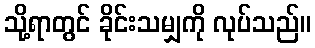
သို့ရာတွင် ခိုင်းသမျှကို လုပ်သည်။